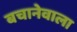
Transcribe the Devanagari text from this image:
बचानेवाला